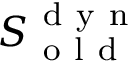
S _ { \mathrm { ~ o ~ l ~ d ~ } } ^ { \mathrm { ~ d ~ y ~ n ~ } }